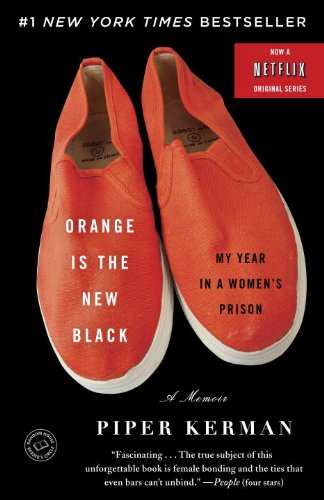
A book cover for Orange Is the New Black: My Year in a Women's Prison; Piper Kerman; Biographies & Memoirs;